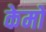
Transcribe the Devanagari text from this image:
केमो